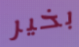
بخير